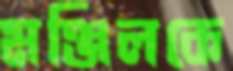
মঞ্জিলকে